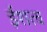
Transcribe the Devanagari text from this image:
ईशत्व